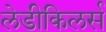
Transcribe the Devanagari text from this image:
लेडीकिलर्स